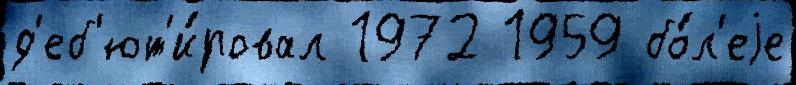
д'еб'ют'и́ровал 1972 1959 бо́л'еjе